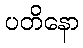
ပတိနော